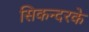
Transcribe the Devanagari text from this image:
सिकन्दरके